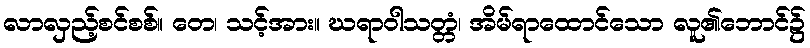
လာလှည့်စင်စစ်။ တေ၊ သင့်အား။ ဃရာဝါသတ္တံ၊ အိမ်ရာထောင်သော လူ၏ဘောင်၌